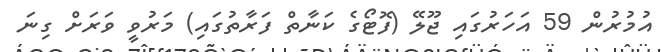
އުމުރުން 59 އަހަރުގައި ޖޫލޭ (ފޮޓޯގެ ކަނާތް ފަރާތުގައި) މަރުވީ ވަރަށް ގިނަ